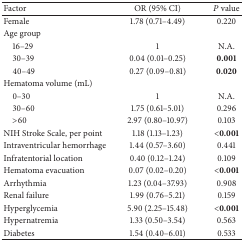
| Factor | OR (95% CI) | P value |
 | --- | --- | --- |
 | Female | 1.78 (0.71–4.49) | 0.220 |
 | Age group |  |  |
 | 16–29 | 1 | N.A. |
 | 30–39 | 0.04 (0.01–0.25) | 0.001 |
 | 40–49 | 0.27 (0.09–0.81) | 0.020 |
 | Hematoma volume (mL) |  |  |
 | 0–30 | 1 | N.A. |
 | 30–60 | 1.75 (0.61–5.01) | 0.296 |
 | >60 | 2.97 (0.80–10.97) | 0.103 |
 | NIH Stroke Scale, per point | 1.18 (1.13–1.23) | <0.001 |
 | Intraventricular hemorrhage | 1.44 (0.57–3.60) | 0.441 |
 | Infratentorial location | 0.40 (0.12–1.24) | 0.109 |
 | Hematoma evacuation | 0.07 (0.02–0.20) | <0.001 |
 | Arrhythmia | 1.23 (0.04–37.93) | 0.908 |
 | Renal failure | 1.99 (0.76–5.21) | 0.159 |
 | Hyperglycemia | 5.90 (2.25–15.48) | <0.001 |
 | Hypernatremia | 1.33 (0.50–3.54) | 0.563 |
 | Diabetes | 1.54 (0.40–6.01) | 0.533 |